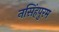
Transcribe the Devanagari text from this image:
नसिंहपुरम